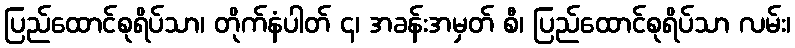
ပြည်ထောင်စုရိပ်သာ၊ တိုက်နံပါတ် ၄၊ အခန်းအမှတ် စီ၊ ပြည်ထောင်စုရိပ်သာ လမ်း၊